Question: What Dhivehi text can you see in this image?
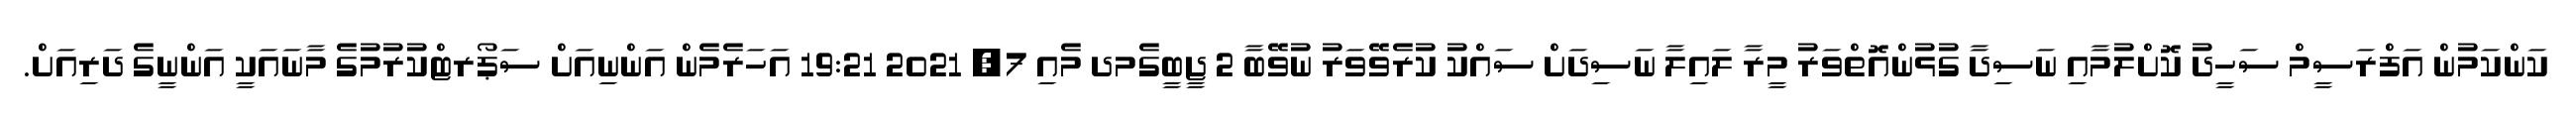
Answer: ކަންކަމުން އަފްރަސީމް ސަހީދު ކޮށްލުމާއި ނަސިދާ ގުޅުންއޮތްވަރު މީރާ ލައިލާ ނަސިދަށް ސައްކު ކުރެވޭވަރު ނުވޭބާ 2 ޖީބީގެމދ މެއި 7, 2021 19:21 އަހަރެމެން އަންނިއަށް ސަޕޯރޓްކުރުމުގެ މާނައަކީ އަންނީގެ ދަރިއަށް.